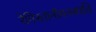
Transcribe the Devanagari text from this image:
रेगिस्तानीवनस्‍पति